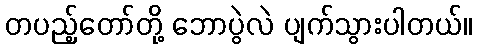
တပည့်တော်တို့ ဘောပွဲလဲ ပျက်သွားပါတယ်။